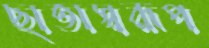
ছাতাস্বরূপ